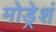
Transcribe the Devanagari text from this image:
मोड्रेशं